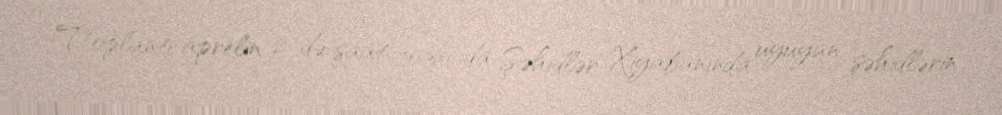
Toplantı aprelin 2-də saat 10.30-da Şəhidlər Xiyabanında uyuyan şəhidlərin